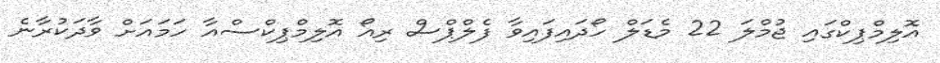
އޮލިމްޕިކްގައި ޖުމްލަ 22 މެޑަލް ހޯދައިފައިވާ ފެލްޕްސް ރިއޯ އޮލިމްޕިކްސްއާ ހަމައަށް ވާދަކުރާނެ